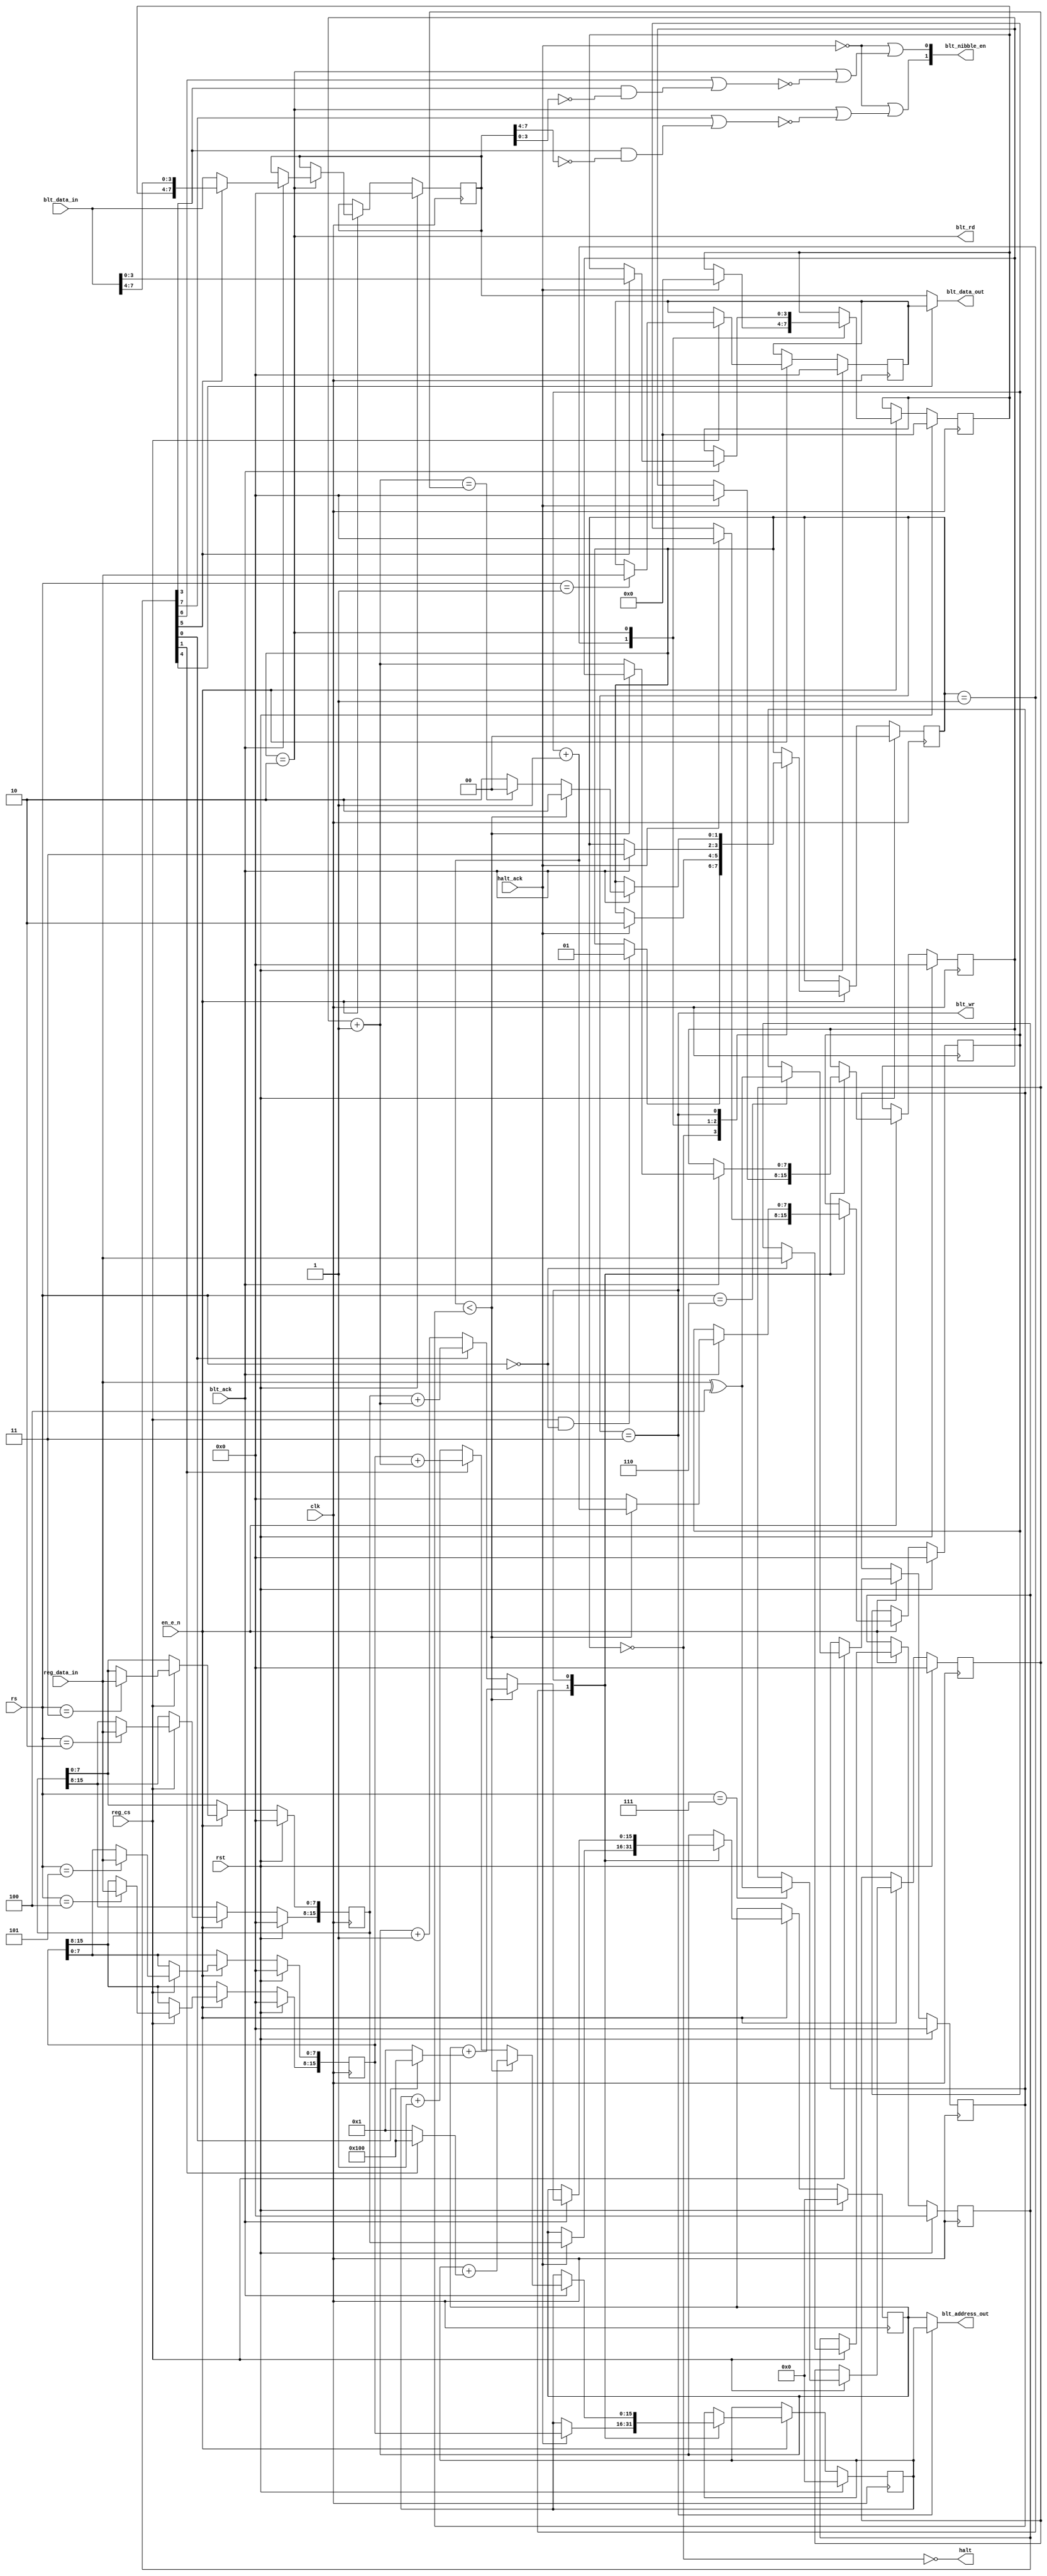
/* Copyright 2019 Jared Boone <jared@sharebrained.com>. Open-source license to be determined.
 */

`default_nettype none
`timescale 1ns / 100ps

module williams_sc1 #(
	parameter IS_SC1 = 1
)(
	input  wire        rst,
	input  wire        clk,
	input  wire        en_e_n,
	input  wire        reg_cs,
	input  wire [ 7:0] reg_data_in,
	input  wire [ 2:0] rs,
	output wire        halt,
	input  wire        halt_ack,
	input  wire        blt_ack,
	output wire        blt_rd,
	output wire        blt_wr,
	input  wire [ 7:0] blt_data_in,
	output wire [ 7:0] blt_data_out,
	output wire [15:0] blt_address_out,
	output wire [ 1:0] blt_nibble_en
);

	localparam
		ST_IDLE = 0,
		ST_WAIT_FOR_HALT = 1,
		ST_SRC = 2,
		ST_DST = 3;

	reg  [ 7:0] reg_ctrl;
	reg  [ 7:0] reg_solid;
	reg  [15:0] reg_src_base;
	reg  [15:0] reg_dst_base;
	reg  [ 7:0] reg_width;
	reg  [ 7:0] reg_height;

	// break out control reg into individual signals
	wire ctrl_span_src   = reg_ctrl[0];
	wire ctrl_span_dst   = reg_ctrl[1];
	wire ctrl_slow       = reg_ctrl[2];
	wire ctrl_foreground = reg_ctrl[3];
	wire ctrl_solid      = reg_ctrl[4];
	wire ctrl_shift      = reg_ctrl[5];
	wire ctrl_no_lower   = reg_ctrl[6];
	wire ctrl_no_upper   = reg_ctrl[7];

	// Internal
	reg  [ 1:0] state;

	reg  [ 7:0] blt_src_data;
	reg  [ 3:0] blt_shift;

	reg  [15:0] src_address;
	reg  [15:0] dst_address;

	reg  [ 7:0] x_count;
	wire [ 7:0] x_count_next = x_count + 1;
	reg  [ 7:0] y_count;
	wire [ 7:0] y_count_next = y_count + 1;

	//SC1 had a bug so values had to be xored with 0X04, SC2 fixed the bug so no xor required
	wire [ 7:0] xorval = IS_SC1 ? 8'h04 : 8'h00;

	assign halt = !(state == ST_IDLE);
	assign blt_rd = (state == ST_SRC);
	assign blt_wr = (state == ST_DST);

	assign blt_address_out = (state == ST_DST) ? dst_address : src_address;

	assign blt_nibble_en[1] = !halt_ack || ((state == ST_SRC) || (!(ctrl_no_upper || (ctrl_foreground && (blt_src_data[7:4] == 4'h0)))));
	assign blt_nibble_en[0] = !halt_ack || ((state == ST_SRC) || (!(ctrl_no_lower || (ctrl_foreground && (blt_src_data[3:0] == 4'h0)))));

	assign blt_data_out = ctrl_solid ? reg_solid : blt_src_data;

	// register access
	always @(posedge clk)
	begin
		if(rst) begin
			reg_ctrl <= 8'b00000000;
			reg_solid <= 8'b00000000;
			reg_src_base <= 0;
			reg_dst_base <= 0;
			reg_width <= 0;
			reg_height <= 0;
		end else
			if(en_e_n)
				if(reg_cs)
					case(rs)
					// 0: Start BLT with control attributes
					3'b000: reg_ctrl  <= reg_data_in;
					// 1: mask
					3'b001: reg_solid <= reg_data_in;
					// 2: source address high
					3'b010: reg_src_base[15:8] <= reg_data_in;
					// 3: source address low
					3'b011: reg_src_base[ 7:0] <= reg_data_in;
					//4: destination address high
					3'b100: reg_dst_base[15:8] <= reg_data_in;
					// 5: destination address low
					3'b101: reg_dst_base[ 7:0] <= reg_data_in;
					// 6: width
					3'b110: reg_width  <= reg_data_in ^ xorval;
					// 7: height
					3'b111: reg_height <= reg_data_in ^ xorval;
					endcase
	end

	// state machine
	always @(posedge clk)
	begin
		if(rst) begin
			state <= ST_IDLE;
			blt_src_data <= 8'h00;
			blt_shift <= 4'b0000;
			src_address <= 0;
			dst_address <= 0;
			x_count <= 0;
			y_count <= 0;
		end else
			if(en_e_n)
				case(state)
				ST_IDLE:
					if(reg_cs && (rs == 3'b000))
						state <= ST_WAIT_FOR_HALT;

				ST_WAIT_FOR_HALT:
					if(halt_ack) begin
						src_address <= reg_src_base;
						dst_address <= reg_dst_base;

						x_count   <= 0;
						y_count   <= 0;
						blt_shift <= 0;

						state <= ST_SRC;
					end

				ST_SRC:
					if(blt_ack) begin
						if(!ctrl_shift) begin
							// unshifted
							blt_src_data <= blt_data_in;
						end else begin
							// shifted right one pixel
							blt_shift    <= blt_data_in[3:0];
							blt_src_data <= { blt_shift, blt_data_in[7:4] };
						end
						state <= ST_DST;
					end

				ST_DST:
					if(blt_ack) begin
						state <= ST_SRC;

						if(x_count_next < reg_width) begin
							x_count <= x_count_next;
							src_address <= src_address + (ctrl_span_src ? 256 : 1);
							dst_address <= dst_address + (ctrl_span_dst ? 256 : 1);
						end else begin
							x_count <= 0;
							y_count <= y_count_next;

							if(y_count_next == reg_height)
								state <= ST_IDLE;

							src_address <= ctrl_span_src ? (reg_src_base + { 8'h00, y_count_next }) : (src_address + 1);
							dst_address <= ctrl_span_dst ? (reg_dst_base + { 8'h00, y_count_next }) : (dst_address + 1);
						end
					end
				endcase
	end

endmodule